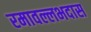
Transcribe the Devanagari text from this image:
रमावल्लभदास